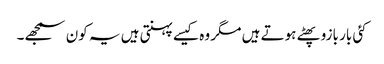
کئی بار بازو پھٹے ہوتے ہیں مگر وہ کیسے پہنتی ہیں یہ کون سمجھے۔